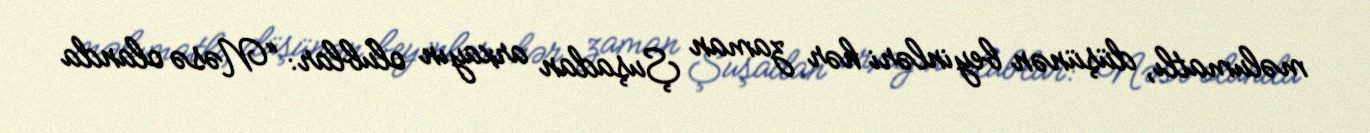
məlumatlı, düşünən beyinləri hər zaman Şuşadan arxayın olublar: “Nəsə olanda